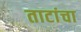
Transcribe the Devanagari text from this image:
ताटांचा